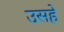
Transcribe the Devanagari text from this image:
उसहे